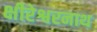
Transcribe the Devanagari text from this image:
क्षीरेश्वरनाथ